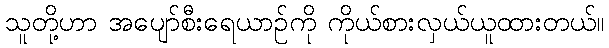
သူတို့ဟာ အပျော်စီးရေယာဉ်ကို ကိုယ်စားလှယ်ယူထားတယ်။